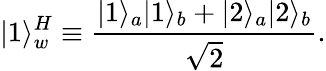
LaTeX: |1\rangle_{w}^{H}\equiv{\frac{|1\rangle_{a}|1\rangle_{b}+|2\rangle_{a}|2\rangle_{b}}{\sqrt{2}}}.